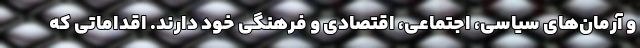
و آرمان‌های سیاسی، اجتماعی، اقتصادی و فرهنگی خود دارند. اقداماتی که